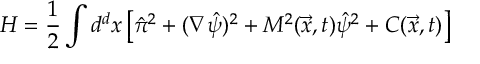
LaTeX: H = \frac { 1 } { 2 } \int d ^ { d } x \left[ \hat { \pi } ^ { 2 } + ( \nabla \hat { \psi } ) ^ { 2 } + M ^ { 2 } ( \vec { x } , t ) \hat { \psi } ^ { 2 } + { \cal C } ( \vec { x } , t ) \right]